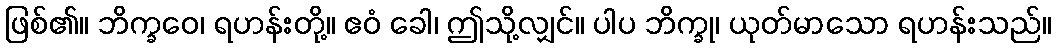
ဖြစ်၏။ ဘိက္ခဝေ၊ ရဟန်းတို့။ ဧဝံ ခေါ၊ ဤသို့လျှင်။ ပါပ ဘိက္ခု၊ ယုတ်မာသော ရဟန်းသည်။